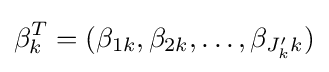
\beta _{k}^{T}=(\beta _{1k},\beta _{2k},\ldots ,\beta _{J'_{k}k})